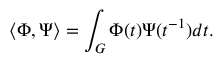
\langle \Phi , \Psi \rangle = \int _ { G } \Phi ( t ) \Psi ( t ^ { - 1 } ) d t .